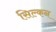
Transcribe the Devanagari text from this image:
सिल्कन